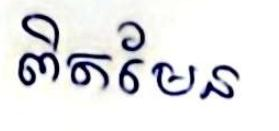
ពិតមែន